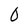
Character: 0